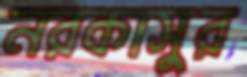
নরকাসুর